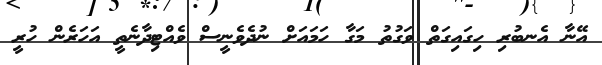
އޭނާ އެނބުރި ހިގައިގަތް ވަގުތު މަގާ ހަމައަށް ނުދެވެނީސް ވެއްޓިދާނެތީ އަހަރެން ހުރީ